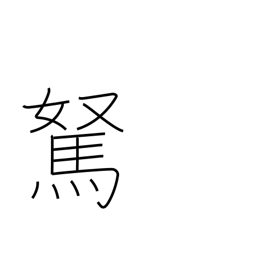
Meaning: foolish fellow